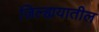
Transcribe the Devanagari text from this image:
जिल्ह्ययातील